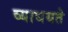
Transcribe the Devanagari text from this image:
व्याधयते